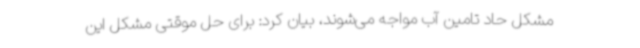
مشکل حاد تامین آب مواجه می‌شوند، بیان کرد: برای حل موقتی مشکل این